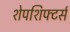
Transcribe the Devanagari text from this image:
शेपशिफ्टर्स